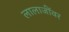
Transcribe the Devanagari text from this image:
लालाजींवर